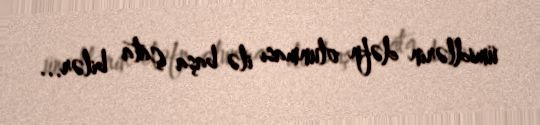
ümidlərin dəfn olunması ilə başa çata bilər...